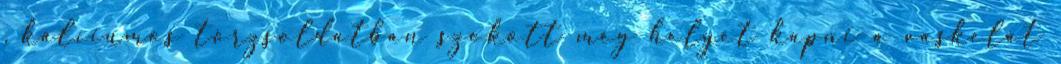
, kalciumos törzsoldatban szokott még helyet kapni a vaskelát